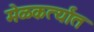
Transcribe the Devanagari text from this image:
मेळकर्त्यांत